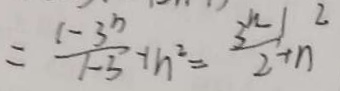
= \frac { 1 - 3 ^ { n } } { 1 - 3 } + n ^ { 2 } = \frac { 3 ^ { n - 1 } } { 2 } + n ^ { 2 }